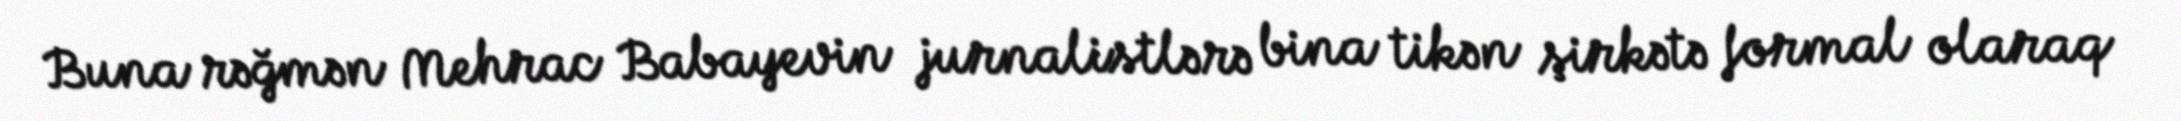
Buna rəğmən Mehrac Babayevin jurnalistlərə bina tikən şirkətə formal olaraq